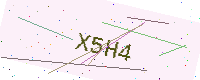
Text: X5H4